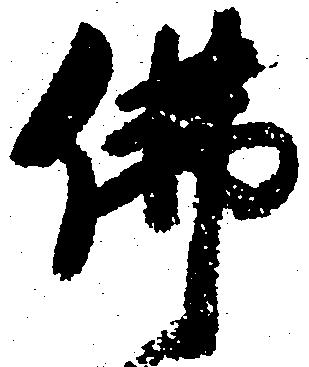
仏